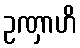
ဥဏှာဟိ